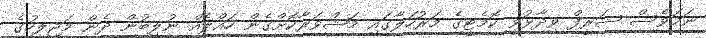
ނަމަވެސް ޝަރީފް ވިދާޅުވީ ކޮމެޓީގެ މަރުހަލާގައި މަޝްވަރާކޮށްގެން ހައްލެއް ނުލިބުން ދެން މަޖިލީހުގެ